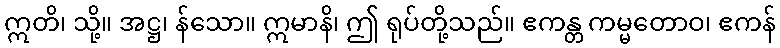
ဣတိ၊ သို့။ အဋ္ဌ၊ န်သော။ ဣမာနိ၊ ဤ ရုပ်တို့သည်။ ဧကန္တ ကမ္မတောဝ၊ ဧကန်